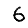
Digit: 6